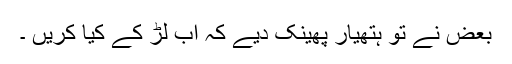
بعض نے تو ہتھیار پھینک دیے کہ اب لڑ کے کیا کریں ۔